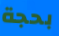
بحجة